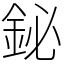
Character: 鉍